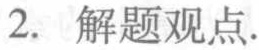
2. 解题观点.